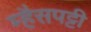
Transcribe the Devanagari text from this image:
म्हैसपट्टी